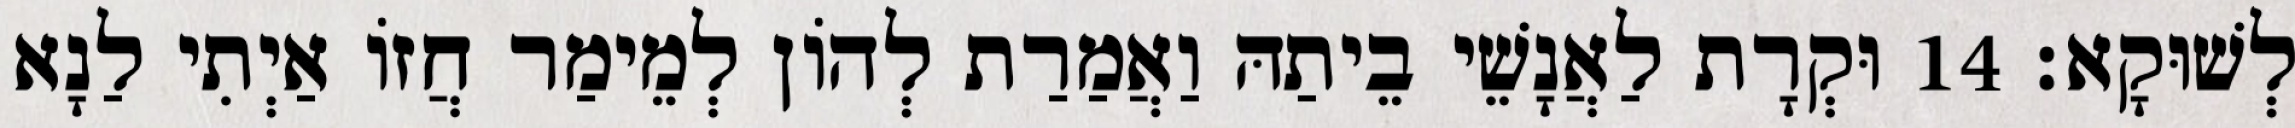
לְשׁוּקָא׃ 14 וּקְרָת לַאֲנָשֵׁי בֵיתַהּ וַאֲמַרַת לְהוֹן לְמֵימַר חֲזוֹ אַיְתִי לַנָא